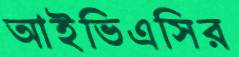
আইভিএসির